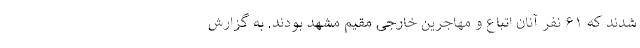
شدند که ۶۱ نفر آنان اتباع و مهاجرین خارجی مقیم مشهد بودند. به گزارش